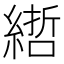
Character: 𦄃